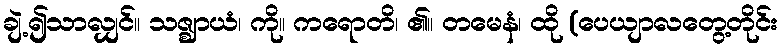
ချဲ့၍သာလျှင်။ သဇ္ဈာယံ၊ ကို။ ကရောတိ၊ ၏။ တမေနံ၊ ထို (ပေယျာလတွေ့တိုင်း